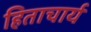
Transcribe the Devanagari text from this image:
हिताचार्य